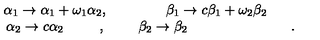
\begin{array} { c c c } { \alpha _ { 1 } \to \alpha _ { 1 } + \omega _ { 1 } \alpha _ { 2 } , } & { \ } & { \beta _ { 1 } \to c \beta _ { 1 } + \omega _ { 2 } \beta _ { 2 } } \\ { \alpha _ { 2 } \to c \alpha _ { 2 } \phantom { \omega _ { 2 } c \alpha _ { 2 } } , } & { \ } & { \beta _ { 2 } \to \beta _ { 2 } \phantom { n n c + \omega _ { 2 } ( \beta _ { 2 } + 1 ) } . } \\ \end{array}